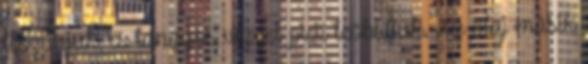
leszűrjük, és langyos vízzel picit leöblítjük. Az olaj másik